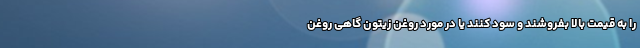
را به قیمت بالا بفروشند و سود کنند یا در مورد روغن زیتون گاهی روغن